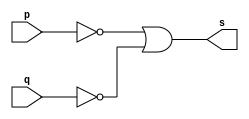
// -------------------------
// Exercicio04 - NAND (propriedade de Morgan)
// Nome: Djonatas Tulio Rodrigues Costa
// -------------------------

// -------------------------
// -- nand gate
// -------------------------
module nandgate (output s, input p, input q);
	assign s = ~p | ~q;
endmodule // nandgate

// -------------------------
// -- test nand gate
// -------------------------
module testnandgate;
// ------------------------- dados locais
	reg a, b;		// definir registrador
				// (variavel independente)
	wire s;			// definir conexao (fio)
				// (variavel dependente)
// ------------------------- instancia
	nandgate NAND1 (s, a, b);
// ------------------------- preparacao
	initial begin:start
		a=0; b=0;
	end
// ------------------------- parte principal
	initial begin:main
		$display("Exercicio04 - Djonatas Tulio Rodrigues Costa - 440954");
		$display("Test NAND(Morgan) gate");
		$display("\n~a | ~b = s\n");
	#1 $display("~%b | ~%b = %b", a, b, s);
		a=0; b=1;
	#1 $display("~%b | ~%b = %b", a, b, s);
		a=1; b=0;
	#1 $display("~%b | ~%b = %b", a, b, s);
		a=1; b=1;
	#1 $display("~%b | ~%b = %b", a, b, s);
	end
	
endmodule // testnandgate